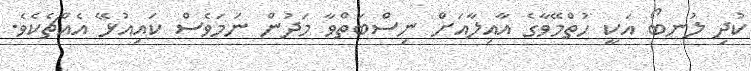
ކުދި ލުނބޯ އަކީ ހުތްމޭވާގެ އާއިލާއަށް ނިސްބަތްވާ މަދުން ނަމަވެސް ކައިއުޅޭ އެއްޗެކެވެ.